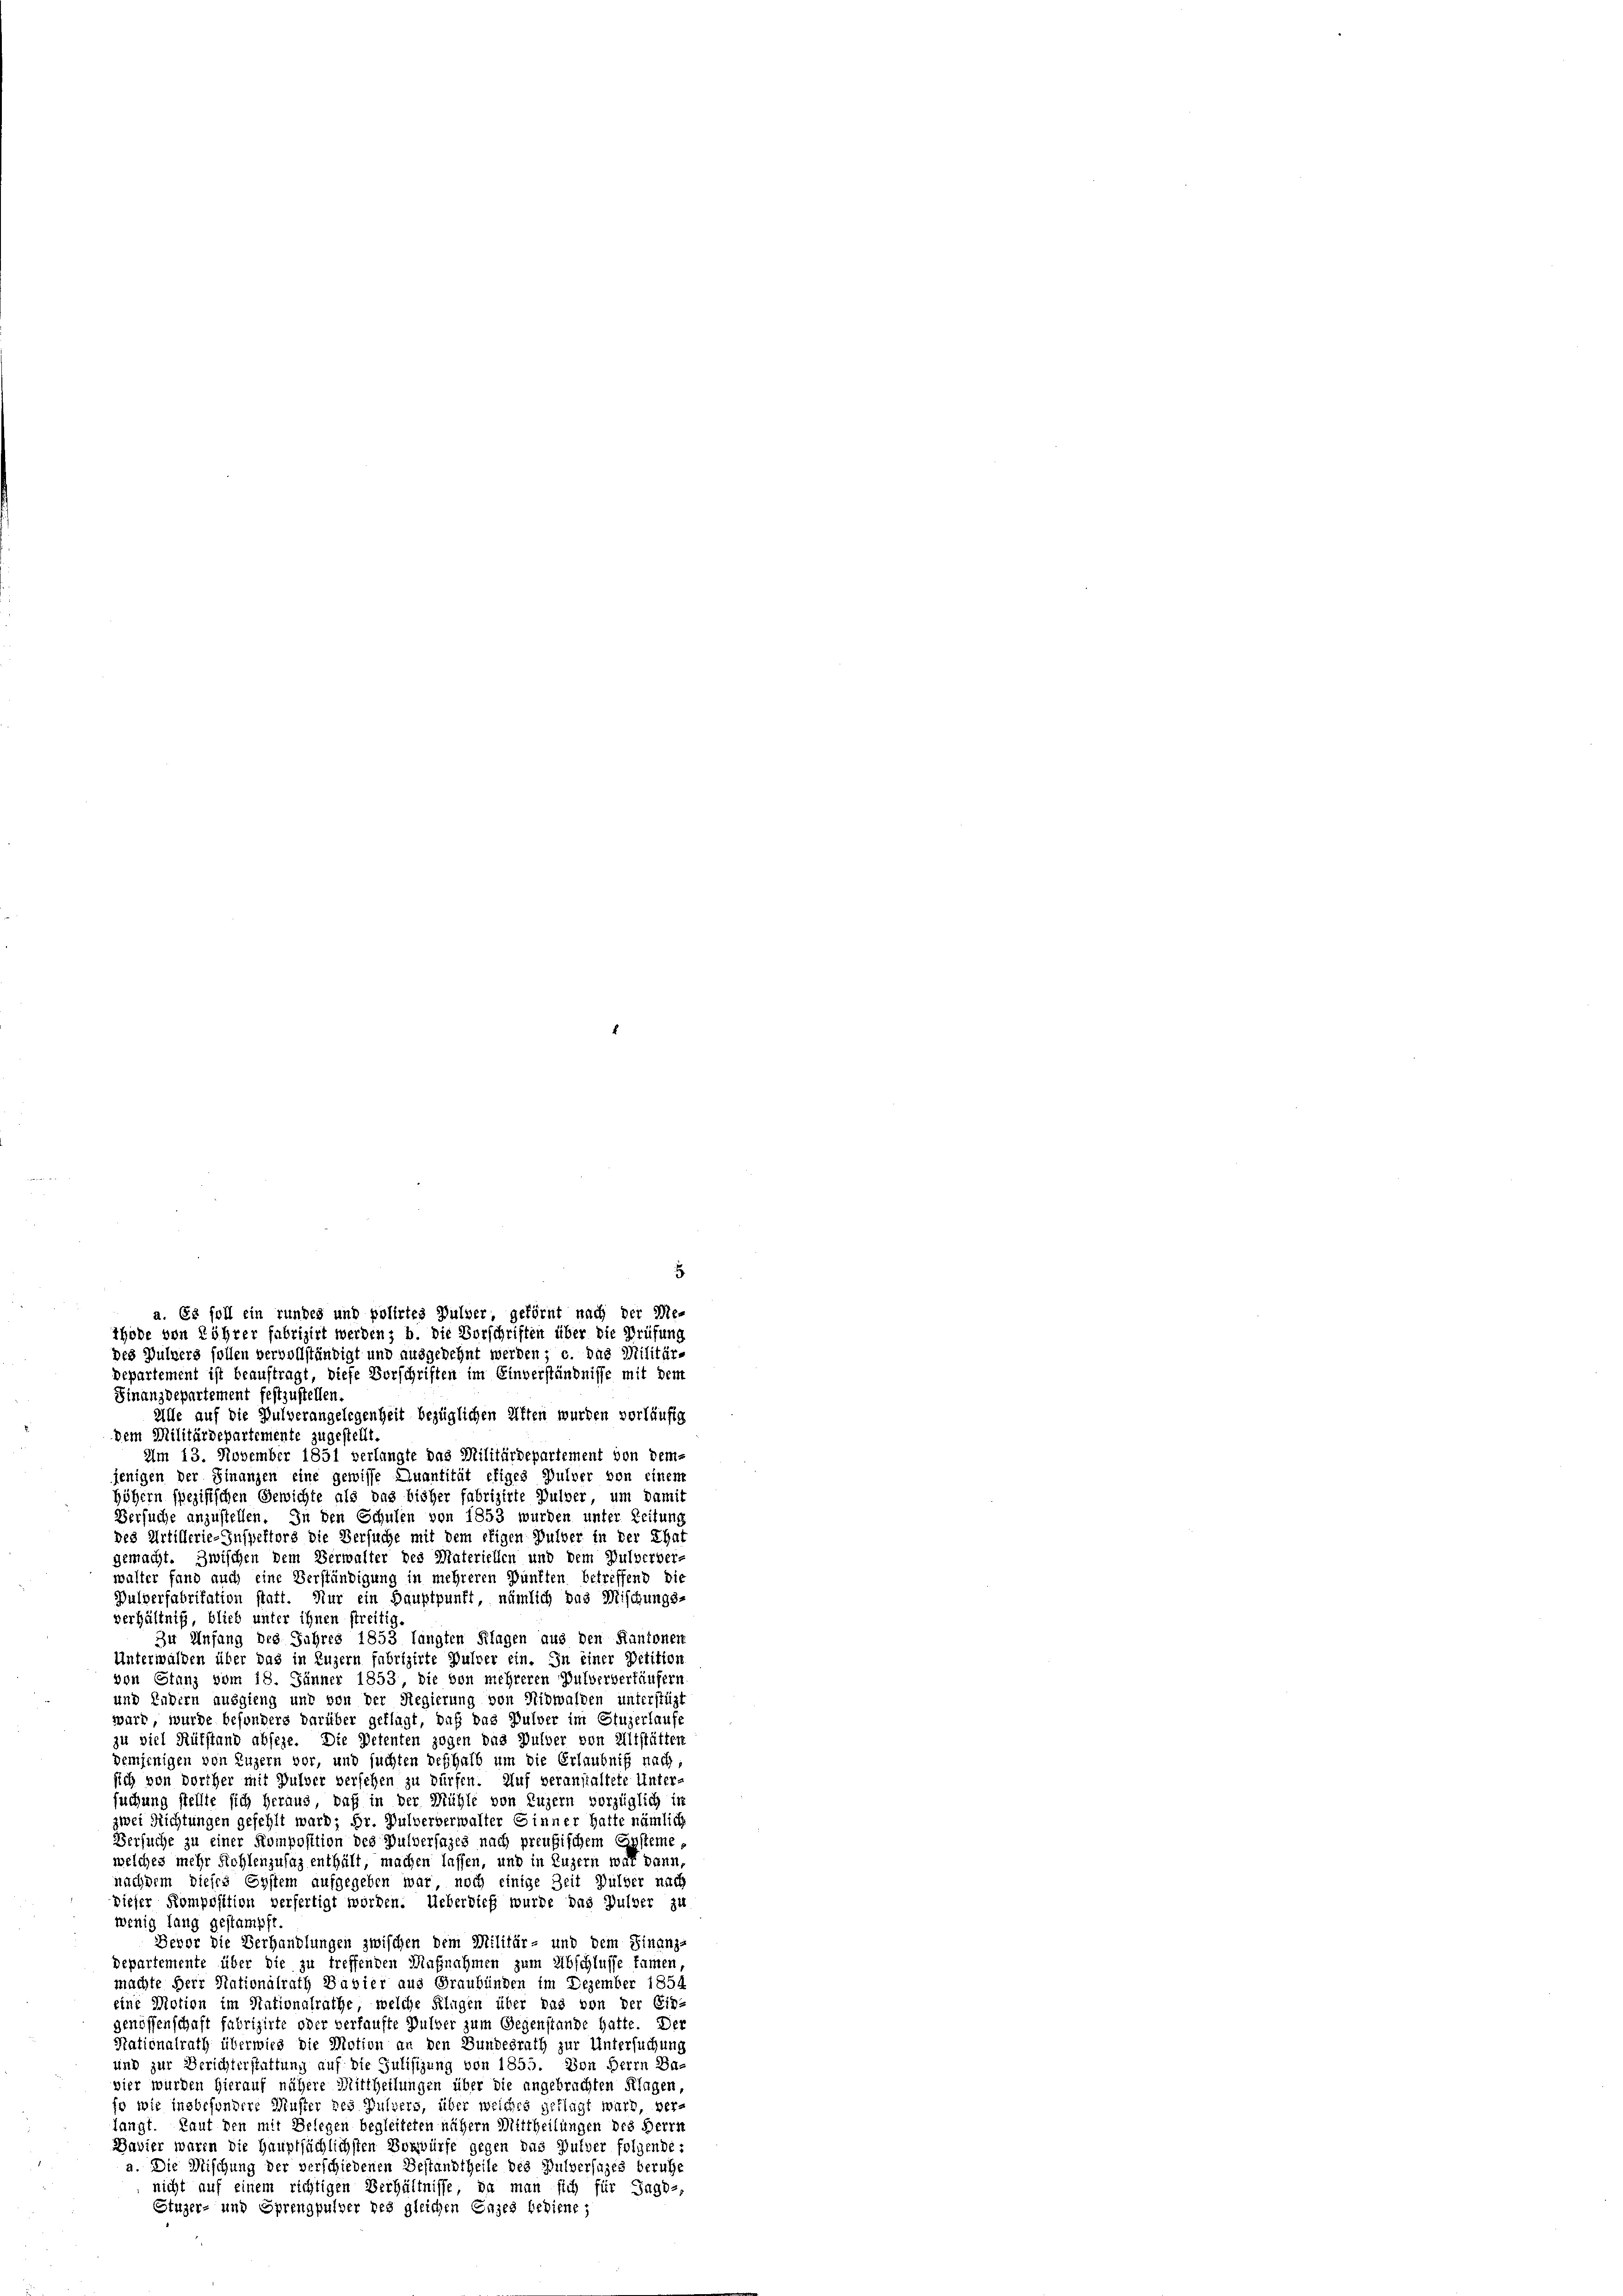
Alle auf die Pulverangelegenheit bezüglichen Aften wurden vorläufig
dem Militärdepartemente zugestellt
Am 13. November 1851 verlangte das Militärdepartement von dem-
jenigen der Finanzen eine gewisse Quantität etiges Pulver von einem
höhern spezifischen Gewichte als das bisher fabrizirte Pulver, um damit
Versuche anzustellen. In den Schulen von 1853 wurden unter Zeitung
des Artillerie-Inspektors die Versuche mit dem eigen Pulver in der That
gemacht. Zwischen dem Verwalter des Materiellen und dem Pulverver-
walter fand auch eine Verständigung in mehreren Punkten betreffend die
Pulverfabritation statt. Nur ein Hauptpunkt, nämlich das Mischungs-
verhältniß, blieb unter ihnen streitig.
Zu Anfang des Jahres 1853 längten Klagen aus den Kantonen
Unterwalden über das in Luzern fabrizirte Pulver ein. In einer Petition
von Stanz vom 18. Jänner 1853 die von mehreren Pulververkäufern
und Endern ausgieng und von der Regierung von Nidwalden unterstüzt
ward, wurde besonders darüber geklagt, daß das Pulver im Stuzerlaufe
zu viel Rükstand abseze. Die Petenten zogen das Pulver von Altstätten
pemjenigen von Luzern vor, und suchten deshalb um die Erlaubniß nach,
sich von Dorther mit Pulver versehen zu dürfen. Auf veranstaltete Unter-
suchung stellte sich heraus, daß in der Mühle von Luzern vorzüglich in
zwei Richtungen gefehlt ward; Hr. Pulververwalter Einner hatte nämlich
Versuche zu einer Komposition des Pulversages nach preußischem Gysteme,
welches mehr Rehlenzufaz enthält, machen lassen, und in Luzern war dann,
nachdem dieses Eystem aufgegeben war, noch einige Zeit Pulver nach
dieser Komposition verfertigt worden. Ueberdieß wurde das Pulver zu
wenig lang gestampft
Bevor die Verhandlungen zwischen dem Militär- und dem Finanz-
Departemente über die zu treffenden Maßnahmen zum Abschlusse kamen,
machte Herr Stationalrath Bavier aus Graubünden im Dezember 1854
eine Motion im Nationalrathe, welche Klagen über das von der Ein-
genossenschaft fabrizirte oder verkaufte Pulver zum Gegenstande hatte. Der
Nationalrath überwies die Motion an den Bundesrath zur Untersuchung
und zur Berichterstattung auf die Julisizung von 1855. Von Herrn Ba-
vier wurden hierauf nähere Mittheilungen über die angebrachten Klagen,
fo wie insbesondere Muster des Pulvers, über weiches geklagt wird, ver-
langt. Laut den mit Belegen begleiteten nähern Mittheilungen des Herrn
Bavier waren die Hauptsächlichsten Vorwürfe gegen das Pulver folgende:
Die Mischung der verschiedenen Bestandtheile des Pulversages beruhe
nicht auf einem richtigen Verhältnisse, da man sich für Tages-
Stuger- und Sprengpulver des gleichen Enzes bediene;

a. Es soll ein rundes und polirtes Pulver, geförnt nach der Me-
thode von Röhrer fabrizirt werden; b. die Vorschriften über die Prüfung
des Wulzers sollen vervollständigt und ausgelehnt werden; c. das Militär-
departement ist beauftragt, diese Vorschriften im Einverständnisse mit dem
Finanzdepartement festzustellen.

5